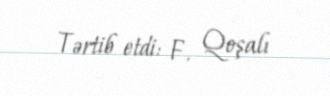
Tərtib etdi: F. Qoşalı